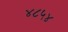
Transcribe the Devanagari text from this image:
४८५४